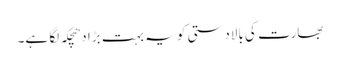
بھارت کی بالادستی کو یہ بہت بڑا دھچکہ لگا ہے۔